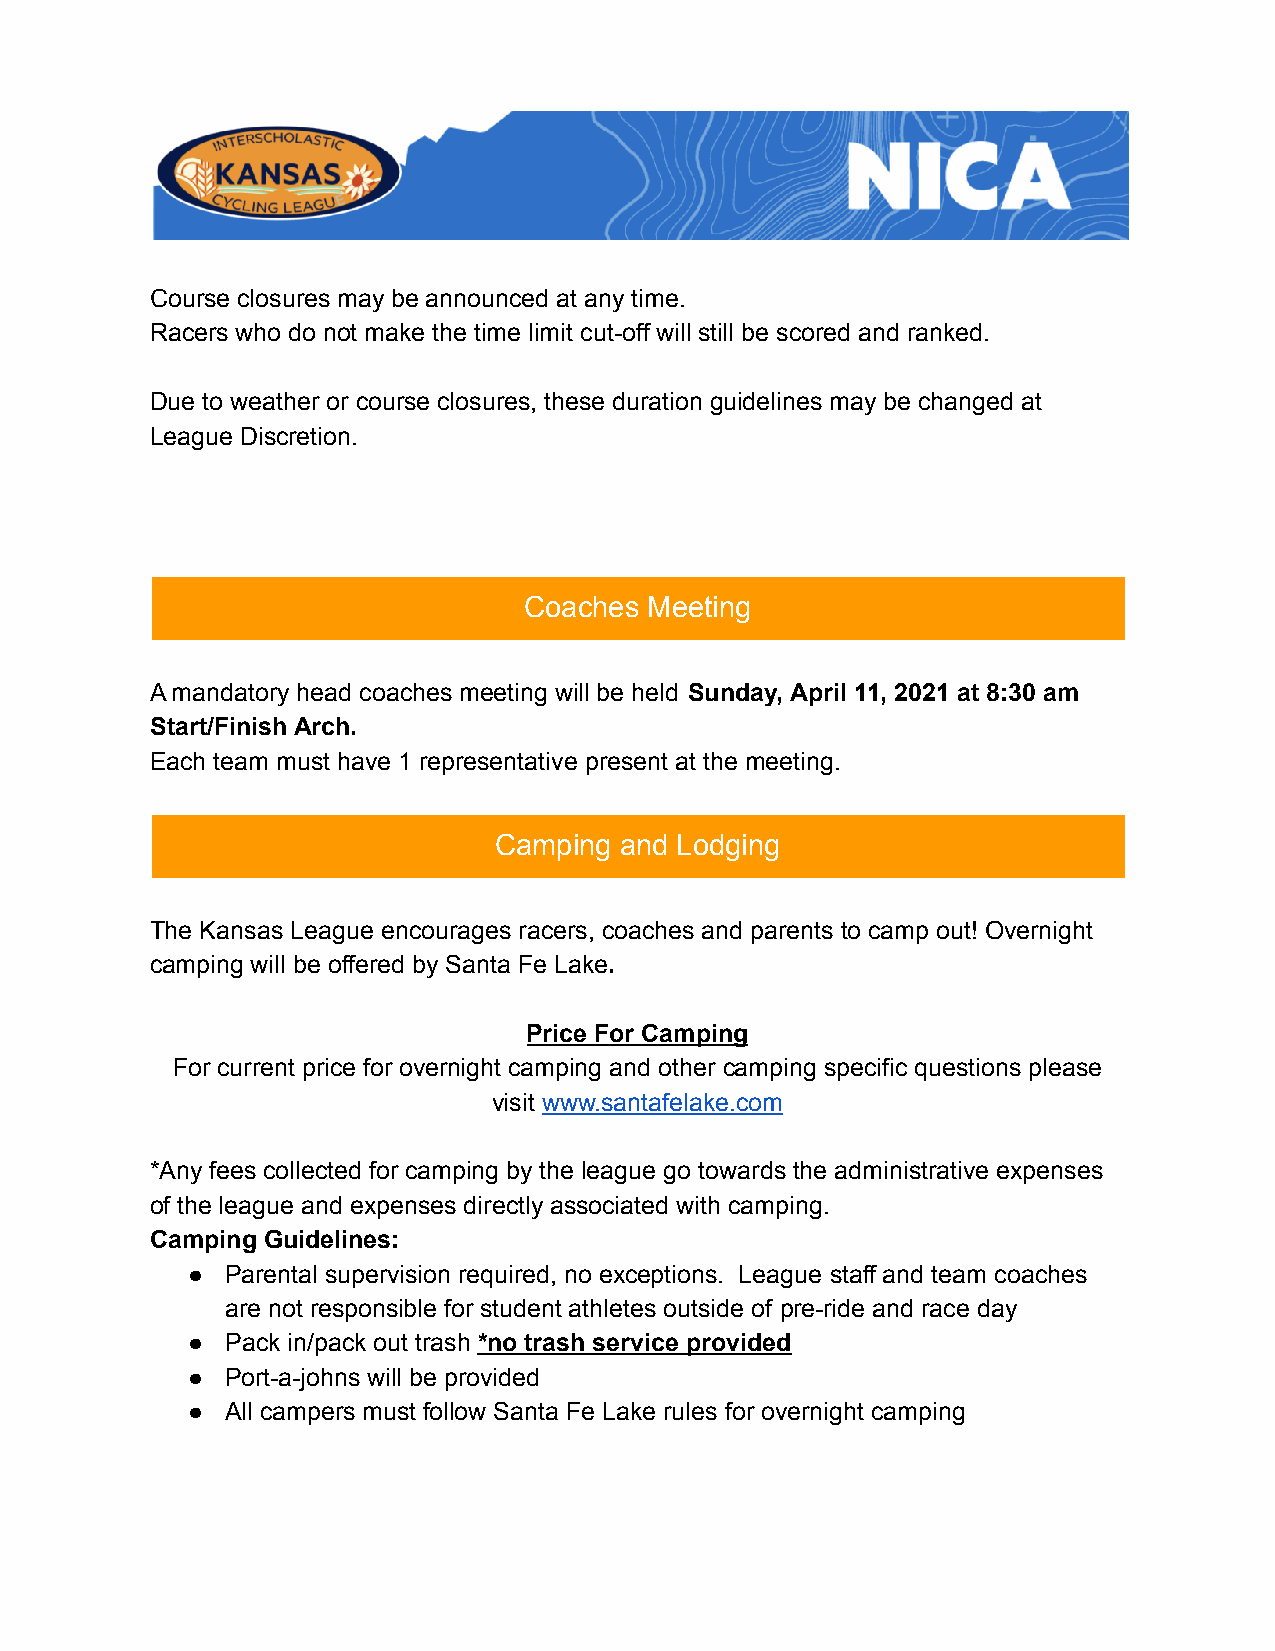
Course closures may be announced at any time.
 Racers who do not make the time limit cut-off will still be scored and ranked.
 Due to weather or course closures, these duration guidelines may be changed at
 League Discretion.
 Camping and Lod
 gingCamping and Lodging
 Coaches Meeting
 A mandatory head coaches meeting will be held Sunday, April 11, 2021 at 8:30 am
 Start/Finish Arch.
 Each team must have 1 representative present at the meeting.
 Camping and Lodging
 The Kansas League encourages racers, coaches and parents to camp out! Overnight
 camping will be offered by Santa Fe Lake.
 Price For Camping
 For current price for overnight camping and other camping specific questions please
 visit www.santafelake.com
 *Any fees collected for camping by the league go towards the administrative expenses
 of the league and expenses directly associated with camping.
 Camping Guidelines:
 ●  Parental supervision required, no exceptions. League staff and team coaches
 are not responsible for student athletes outside of pre-ride and race day
 ●  Pack in/pack out trash *no trash service provided
 ●  Port-a-johns will be provided
 ●  All campers must follow Santa Fe Lake rules for overnight camping